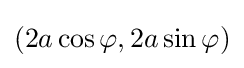
(2a\cos \varphi ,2a\sin \varphi )